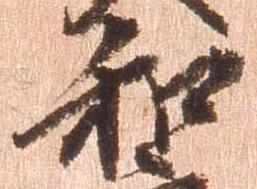
和